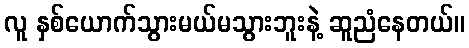
လူ နှစ်ယောက်သွားမယ်မသွားဘူးနဲ့ ဆူညံနေတယ်။